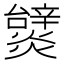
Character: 𤒞